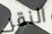
النقر